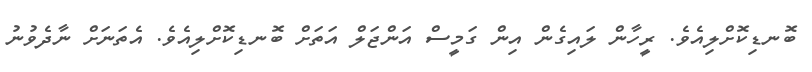
ބޮނޑިކޮށްލިއެވެ. ރީހާން ލައިގެން އިން ގަމީސް އަންޖަލް އަތަށް ބޮނޑިކޮށްލިއެވެ. އެތަނަށް ނާދެވުނު